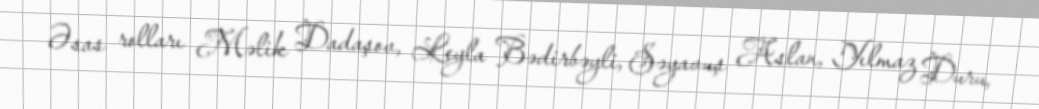
Əsas rolları Məlik Dadaşov, Leyla Bədirbəyli, Səyavuş Aslan, Yılmaz Duru,